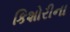
કિશોરીના